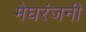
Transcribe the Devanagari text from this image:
मेघरंजनी